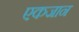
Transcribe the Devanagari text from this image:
एकजान